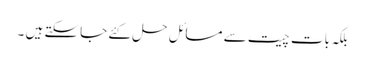
بلکہ بات چیت سے مسائل حل کئے جاسکتے ہیں ۔